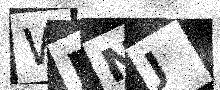
Text: WRNJ